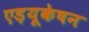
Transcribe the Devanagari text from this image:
एड़यूकेषन